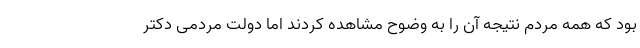
بود که همه مردم نتیجه آن را به وضوح مشاهده کردند اما دولت مردمی دکتر